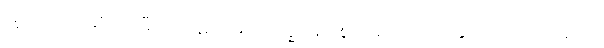
ဣတိ၊ ဤသို့ဆိုအပ်ပြီးသောနည်းဖြင့်။ ဗုဒ္ဓေါ၊ မြတ်စွာဘုရားသည်။ အဘိညာယ၊ ထူးသော